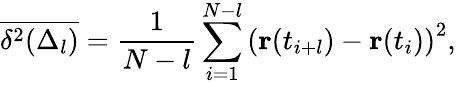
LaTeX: \overline{{\delta^{2}(\Delta_{l})}}=\frac{1}{N-l}\sum_{i=1}^{N-l}\left(\mathbf{r}(t_{i+l})-\mathbf{r}(t_{i})\right)^{2},